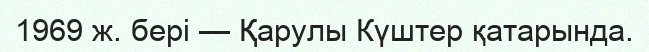
1969 ж. бері — Қарулы Күштер қатарында.